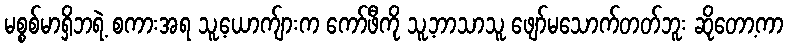
မစ္စစ်မာရှိဘရဲ့ စကားအရ သူ့ယောက်ျားက ကော်ဖီကို သူ့ဘာသာသူ ဖျော်မသောက်တတ်ဘူး ဆိုတော့ကာ